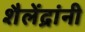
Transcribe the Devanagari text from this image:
शैलेंद्रांनी